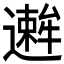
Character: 𫑋